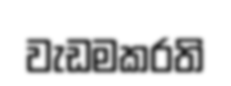
වැඩමකරති